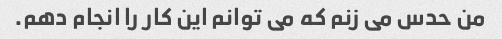
من حدس می زنم که می توانم این کار را انجام دهم.